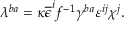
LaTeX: \lambda ^ { b a } = \kappa \overline { { { \epsilon } } } ^ { i } f ^ { - 1 } \gamma ^ { b a } \varepsilon ^ { i j } \chi ^ { j } .